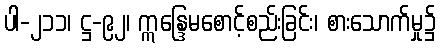
ပါ-၂၁၁၊ ဋ္ဌ-၉၂၊ ဣန္ဒြေမစောင့်စည်းခြင်း၊ စားသောက်မှု၌